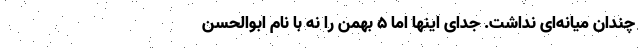
چندان میانه‌ای نداشت. جدای اینها اما 5 بهمن را نه با نام ابوالحسن